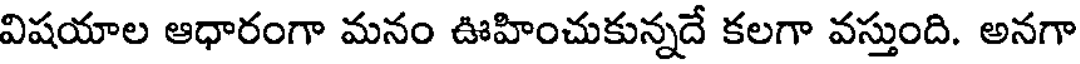
విషయాల ఆధారంగా మనం ఊహించుకున్నదే కలగా వస్తుంది. అనగా